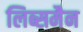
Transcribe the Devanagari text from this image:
लिब्समैन